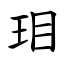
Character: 㺺